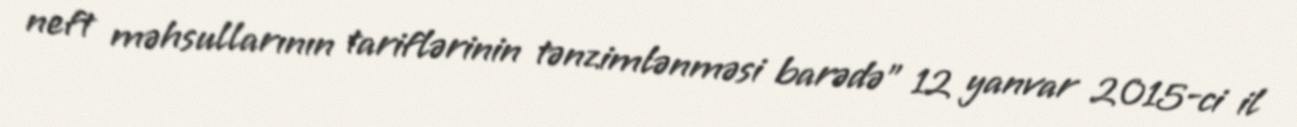
neft məhsullarının tariflərinin tənzimlənməsi barədə” 12 yanvar 2015-ci il